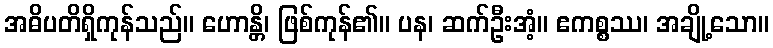
အဓိပတိရှိကုန်သည်။ ဟောန္တိ၊ ဖြစ်ကုန်၏။ ပန၊ ဆက်ဦးအံ့။ ဧကစ္စဿ၊ အချို့သော။